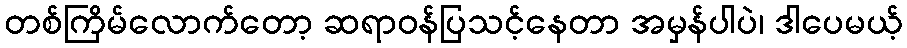
တစ်ကြိမ်လောက်တော့ ဆရာဝန်ပြသင့်နေတာ အမှန်ပါပဲ၊ ဒါပေမယ့်